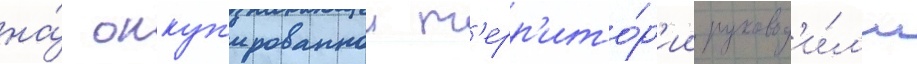
на́ оккуп'ированнои т'ерр'ито́р'ии руковод'и́л'и